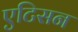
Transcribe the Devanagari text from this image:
एटिसन